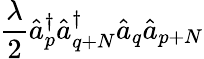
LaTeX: \frac{\lambda}{2}\hat{a}_{p}^{\dagger}\hat{a}_{q+N}^{\dagger}\hat{a}_{q}\hat{a}_{p+N}